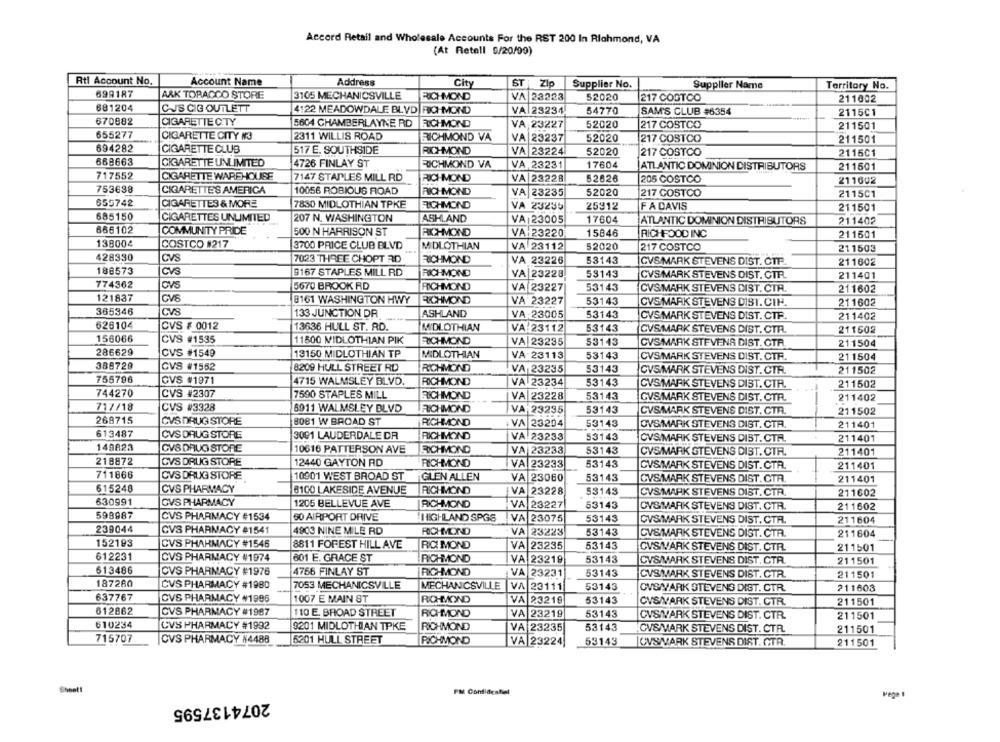
Accord Retail and Wholesale Accounts For the RST 200 In Richmond, VA
(At Retell 9/20/99)
Rtl Account No.
Account Name
Address
City
ST Zip
Supplier No.
Supplier Name
Territory No.
699187
ARK TORACCO STORE
3105 MECHANICSVILLE
RICHMOND
VA 23223
52020
217 COSTCO
211002
681204
CJS CIG OUTLETT
4122 MEADOWDALE BLVD RICHMOND
VA 23234
54770
SAM'S CLUB #6354
2115C1
670882
CIGARETTE CITY
5604 CHAMBERLAYNE RD
RICHMOND
VA 23227
52020
217 COSTCO
211501
655277
CIGARETTE CITY N3
2311 WILLIS ROAD
RICHMOND VA
VA 23237
52020
217 COSTCO
211501
694282
CIGARETTE CLUB
RICHMOND
517 E. SOUTHSIDE
VA 23224
52020
217 COSTCO
2115C1
668663
CIGARETTE UNLIMITED
4726 FINLAY ST
RICHMOND VA
VA, 23231
17604
ATLANTIC DOMINION DISTRIBUTORS
211501
717552
CIGARETTE WAREHOUSE
7147 STAPLES MILL RD
RICHMOND
VA 23228
52626
205 COSTCO
211602
753638
CIGARETTES AMERICA
10056 ROBIOUS ROAD
RICHMOND
VA 23235
52020
217 COSTCO
2115C1
655742
CIGARETTES & MORE
7830 MIDLOTHIAN TPKE
RICHMOND
VA 23235
25912
FA DAVIS
211501
685150
CIGARETTES UNLIMITED
207 N. WASHINGTON
ASHLAND
VA 23005
17604
ATLANTIC DOMINION DISTRIBUTORS
211402
666102
COMMUNITY PRIDE
500 N HARRISON ST
RICHMOND
VA 23220
15846
RICHFOOD INC
211501
138004
COSTCO #217
3700 PRICE CLUB BLVD
MIDLOTHIAN
VA 23112
52020
217 COSTCO
211503
428330
CVS
7023 THREE CHOPT RD
RICHMOND
VA 23226
53143
CVS MARK STEVENS DIST. CTP
211602
188573
CVS
9167 STAPLES MILL RD
RICHMOND
VA|23228
53143
CVS MARK STEVENS DIST. CTR.
211401
774362
OVS
5670 BROOK RD
RICHMOND
VA 23227
53143
CVSMARK STEVENS DIST. CTA.
211602
121837
CVS
8161 WASHINGTON HWY
RICHMOND
VA 23227
53143
CVS MARK STEVENS DIST. CIH.
211602
365346
CVS
133 JUNCTION DR
ASHLAND
VA:23005
53143
CVS MARK STEVENS DIST. CTF.
211402
626104
CVS # 0012
13636 HULL ST. RD.
MIDLOTHIAN
VA:23112
53143
CVS.MARK STEVENS DIST. CTR.
211502
156066
CVS #1535
11500 MIDLOTHIAN PIK
RICHMOND
VA 23235
53143
211504
CVSMARK STEVENA DIST. CTR
286629
CVS #1549
13150 MIDLOTHIAN TP
MIDLOTHIAN
VA 23113
53143
CVSMARK STEVENS DIST. CTF.
211504
388728
CVS #1552
8209 HULL STREET RD
RICHMOND
VA 23235
53143
CVSMARK STEVENS DIST. CTR.
211502
755796
CVS #1971
4715 WALMSLEY BLVD.
RICHMOND
VA 23234
53143
CVS MARK STEVENS DIST. CTR.
211502
744270
CVS #2307
7590 STAPLES MILL
RICHMOND
VA 23228
53143
CVS MARK STEVENS DIST. CTR.
211402
717/18
CVS #3328
6911 WALMSLEY BLVD
RICHMOND
VA 23235
53143
CVSMARK STEVENS DIST. CTR.
211502
268715
CVS DRUG STORE
8081 W BROAD ST
RICHMOND
VA 23204
53143
OVS MARK STEVENS DIST. CTA.
211401
613487
CVS DRUG STORE
3091 LAUDERDALE DA
RICHMOND
VA 23233
53143
CVSIMARIK STEVENS DIST. CTR.
211401
149623
CVS DRUG STORE
10616 PATTERSON AVE
RICHMOND
VA 23233
53143
CVS/MARK STEVENS DIST. CTR.
211401
218872
CVS DRUG STORE
12440 GAYTON RD
RICHMOND
VA 23233
53143
CVSIMARK STEVENS DIST. CTR.
211401
711866
CVS DRUG STORE
10901 WEST BROAD ST
GLEN ALLEN
VA 23060
53143
CVS MARK STEVENS DIST. CTA
211401
615248
CVS PHARMACY
8100 LAKESIDE AVENUE
RICHMOND
VA 23228
53143
CVSMARK STEVENS DIST. CTR.
211602
630991
CVS PHARMACY
1205 BELLEVUE AVE
RICHMOND
VA 23227
53143
CVSMARK STEVENS DIST. CTR.
211602
598987
CVS PHARMACY #1534
60 AIRPORT DRIVE
HIGHLAND SPGS
VA 23075
53143
CVS/MARK STEVENS DIST. CTR.
211604
239044
CVS PHARMACY #1541
4903 NINE MILE RD
RICHMOND
VA 23223
53143
CVS/MARK STEVENS DIST. CTR.
211604
152193
CVS PHARMACY #1546
8811 FOREST HILL AVE
RIC MOND
VA 23235
53143
CVSIVARK STEVENS DIST, CTR.
211501
612231
CVS PHARMACY #1974
601 E. GRACE ST
RICHMOND
VA 23219
53143
CVSMMARK STEVENS DIST. CTR.
211501
613486
CVS PHARMACY #1976
4756 FINLAY ST
RICHMOND
53143
VA 23231
CVSMARK STEVENS DIST. CTR.
211501
187280
CVS PHARMACY #1980
7053 MECHANICSVILLE
MECHANICSVILLE
VA 23111
53143
OVSIVARK STEVENS DIST. CTR.
211603
637767
CVS PHARMACY #1996
1007 E MAIN ST
RICHMOND
VA 23219
53143
CVS/VARK STEVENS DIST. CTR.
211501
612862
CVS PHARMACY #1987
110 E. BROAD STREET
RICHMOND
VA 23219
53143
CVSIVARK STEVENS DIST. CTR.
211501
610234
CVS PHARMACY #1992
$201 MIDLOTHIAN TPKE
RICHMOND
VA 23235
53143
CVSMARK STEVENS DIST. CTR.
211501
715707
CVS PHARMACY #4488
5201 HULL STREET
RICHMOND
VA 23224
53143
CVS/VARK STEVENS DIST. CTR.
211501
Chnet!
PM Confidential
Pege 1
2074137595